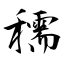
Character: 穤